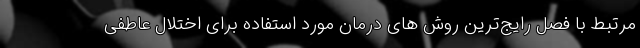
مرتبط با فصل رایج‌ترین روش های درمان مورد استفاده برای اختلال عاطفی